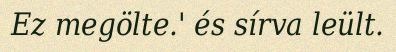
Ez megölte.' és sírva leült.